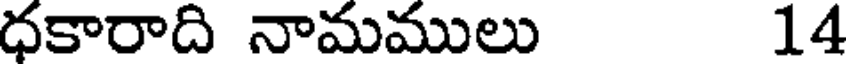
ధకారాది నామములు 14